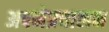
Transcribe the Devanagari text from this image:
अपनेप्रचालन